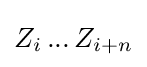
Z_{i}\,...\,Z_{i+n}